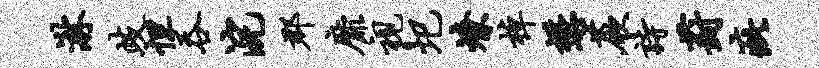
淋歧怛吞浣郡靡视圯燎棹懋蕨诗葑疵